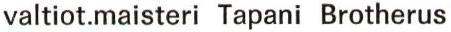
valtiot.maisteri Tapani Brotherus